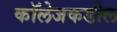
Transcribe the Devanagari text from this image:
कॉलेजकडील